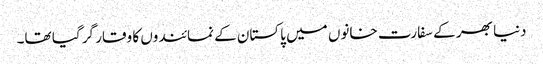
دنیا بھر کے سفارت خانوں میں پاکستان کے نمائندوں کا وقار گر گیا تھا۔